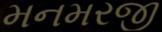
મનમરજી